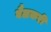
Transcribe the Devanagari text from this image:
बैलकरी